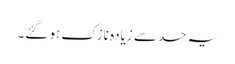
یہ حد سے زیادہ نازک ہو گئے۔